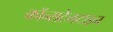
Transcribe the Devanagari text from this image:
कॉन्सटेनटाइन